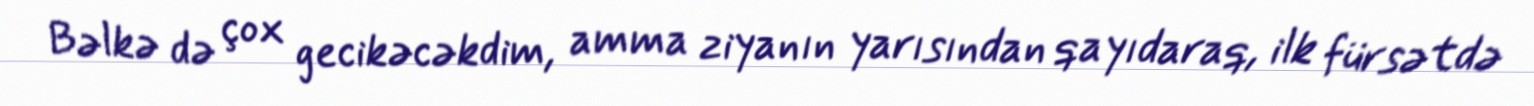
Bəlkə də çox gecikəcəkdim, amma ziyanın yarısından qayıdaraq, ilk fürsətdə